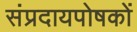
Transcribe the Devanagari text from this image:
संप्रदायपोषकों